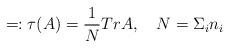
LaTeX: \begin{align*}=:\tau (A)=\frac{1}{N}TrA,\quad N=\Sigma _{i}n_{i}\end{align*}